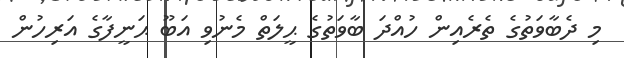
މި ދެބާވަތުގެ ތެރެއިން ހުއްދަ ބާވަތުގެ ޙީލަތް މެނުވި އަބޫ ޙަނީފާގެ އަރިހުން